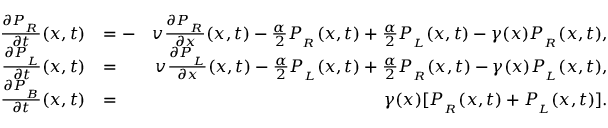
\begin{array} { r l r } { \frac { \partial P _ { _ R } } { \partial t } ( x , t ) } & { = - } & { v \frac { \partial P _ { _ R } } { \partial x } ( x , t ) - \frac { \alpha } { 2 } P _ { _ R } ( x , t ) + \frac { \alpha } { 2 } P _ { _ L } ( x , t ) - \gamma ( x ) P _ { _ R } ( x , t ) , } \\ { \frac { \partial P _ { _ L } } { \partial t } ( x , t ) } & { = } & { v \frac { \partial P _ { _ L } } { \partial x } ( x , t ) - \frac { \alpha } { 2 } P _ { _ L } ( x , t ) + \frac { \alpha } { 2 } P _ { _ R } ( x , t ) - \gamma ( x ) P _ { _ L } ( x , t ) , } \\ { \frac { \partial P _ { _ B } } { \partial t } ( x , t ) } & { = } & { \gamma ( x ) [ P _ { _ R } ( x , t ) + P _ { _ L } ( x , t ) ] . } \end{array}